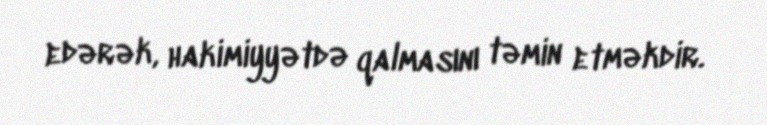
edərək, hakimiyyətdə qalmasını təmin etməkdir.